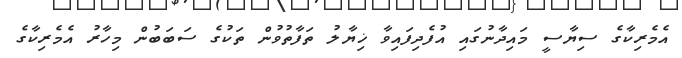
އެމެރިކާގެ ސިޔާސީ މައިދާނުގައި އުފެދިފައިވާ ޚިޔާލު ތަފާތުވުން ތަކުގެ ސަބަބުން މިހާރު އެމެރިކާގެ